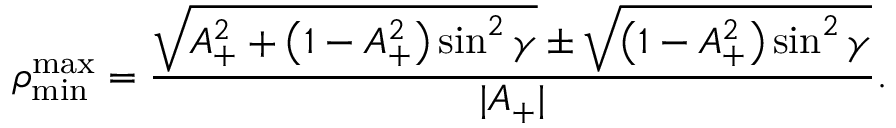
\rho _ { \mathrm { m i n } } ^ { \mathrm { m a x } } = \frac { \sqrt { A _ { + } ^ { 2 } + \left( 1 - A _ { + } ^ { 2 } \right) \sin ^ { 2 } \gamma } \pm \sqrt { \left( 1 - A _ { + } ^ { 2 } \right) \sin ^ { 2 } \gamma } } { | A _ { + } | } .